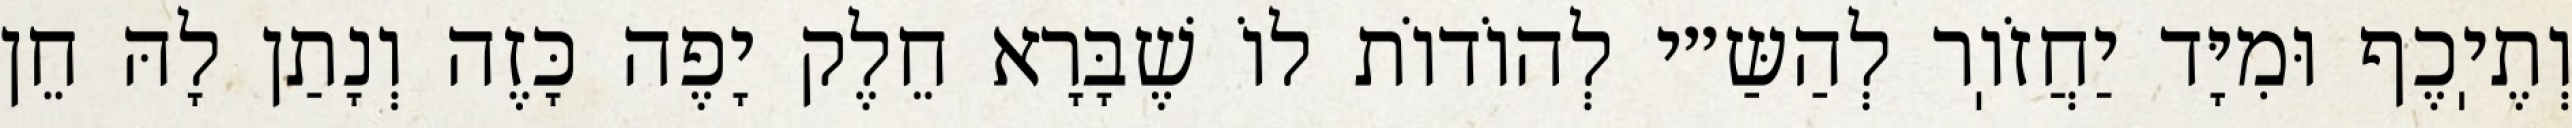
וְתֶיֽכֶף וּמִיָּד יַחֲזֹוֽר לְהַשַּ״י לְהוֹדוֹת לוֹ שֶׁבָּרָא חֵלֶק יָפֶה כָּזֶה וְנָתַן לָהּ חֵן